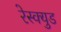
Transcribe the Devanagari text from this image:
रेस्क्युड